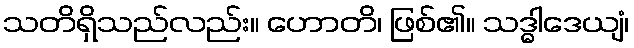
သတိရှိသည်လည်း။ ဟောတိ၊ ဖြစ်၏။ သဒ္ဓါဒေယျံ၊